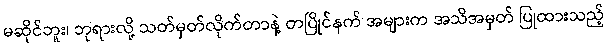
မဆိုင်ဘူး၊ ဘုရားလို့ သတ်မှတ်လိုက်တာနဲ့ တပြိုင်နက် အများက အသိအမှတ် ပြုထားသည့်